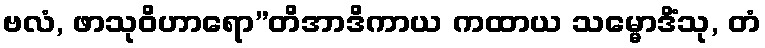
ဗလံ, ဖာသုဝိဟာရော”တိအာဒိကာယ ကထာယ သမ္မောဒိံသု, တံ